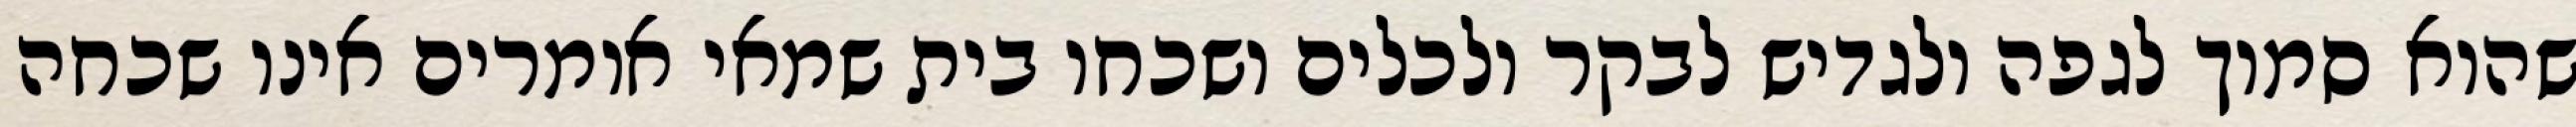
שהוא סמוך לגפה ולגדיש לבקר ולכלים ושכחו בית שמאי אומרים אינו שכחה